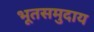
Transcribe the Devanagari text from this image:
भूतसमुदाय